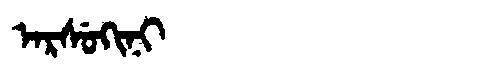
Manchu: ᠠᡵᠰᡠᡴᡳᠨᡳ
Romanization: ARSUKINI